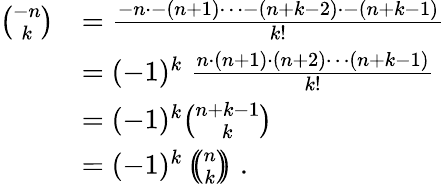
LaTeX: {\begin{array}{rl}{{\binom{-n}{k}}}&{={\frac{-n\cdot-(n+1)\dots-(n+k-2)\cdot-(n+k-1)}{k!}}}\\ &{=(-1)^{k}\; {\frac{n\cdot(n+1)\cdot(n+2)\cdots(n+k-1)}{k!}}}\\ &{=(-1)^{k}{\binom{n+k-1}{k}}}\\ &{=(-1)^{k}\left(\! \! {\binom{n}{k}}\! \! \right)\; .}\end{array}}